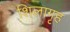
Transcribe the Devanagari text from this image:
शिलागृह